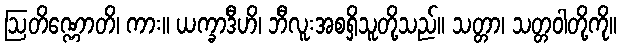
ဩတိဏ္ဏောတိ၊ ကား။ ယက္ခာဒီဟိ၊ ဘီလူးအစရှိသူတို့သည်။ သတ္တာ၊ သတ္တဝါတို့ကို။